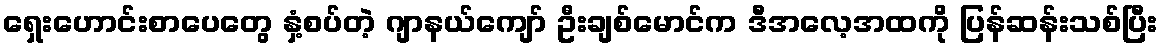
ရှေးဟောင်းစာပေတွေ နှံ့စပ်တဲ့ ဂျာနယ်ကျော် ဦးချစ်မောင်က ဒီအလေ့အထကို ပြန်ဆန်းသစ်ပြီး